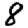
Digit: 8